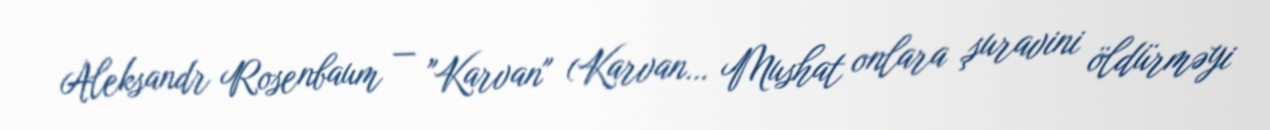
Aleksandr Rosenbaum — "Karvan" (Karvan… Mushat onlara şuravini öldürməyi